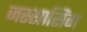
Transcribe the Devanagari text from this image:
जस्सासिंग